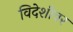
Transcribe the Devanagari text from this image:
विदेशीवर